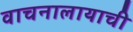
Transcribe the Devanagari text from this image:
वाचनालायाची